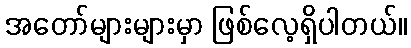
အတော်များများမှာ ဖြစ်လေ့ရှိပါတယ်။